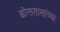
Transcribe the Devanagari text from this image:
ढोलताशांच्या